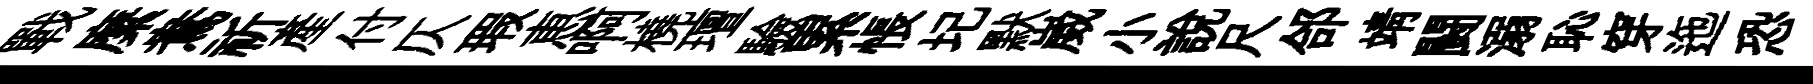
戰縻鴦祈産付仄瑕恵啊橈璮驗累悵圮默崴小説尺郃靖闘溺恥穿迤恐